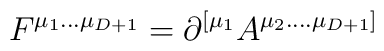
F^{\mu_{1}...\mu_{D+1}} = \partial^{[\mu_{1}} A^{\mu_{2}....\mu_{D+1}]}